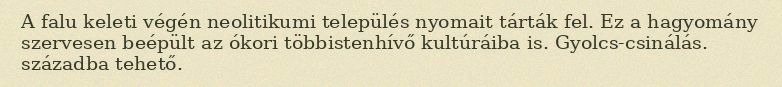
A falu keleti végén neolitikumi település nyomait tárták fel. Ez a hagyomány szervesen beépült az ókori többistenhívő kultúráiba is. Gyolcs-csinálás. századba tehető.